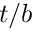
t / b